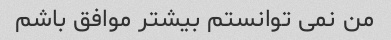
من نمی توانستم بیشتر موافق باشم